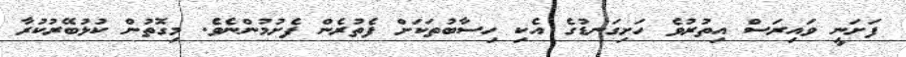
ފަށަނީ ވައިރަސް އިތުރުވެ ހަށިގަނޑުގެ އެކި ހިސާބުތަކަށް ފެތުރެން ފެށުމުންނެވެ. މިގޮތުން ކުޅުބޭރުކުރާ